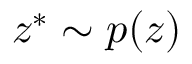
z ^ { * } \sim p ( z )